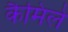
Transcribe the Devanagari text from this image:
कैमिले